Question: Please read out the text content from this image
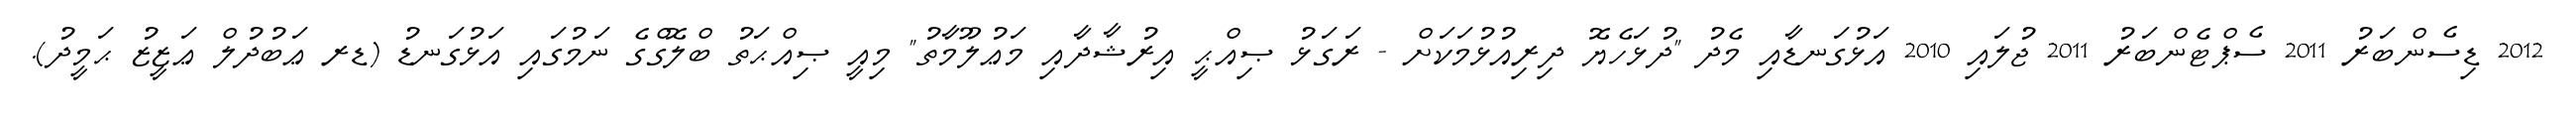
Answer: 2012 ޑިސެންބަރު 2011 ސެޕްޓެންބަރު 2011 ޖުލައި 2010 އަޅުގަނޑާއި މެދު "ދުޅަހެޔޮ ދިރިއުޅުމަކަށް - ރަގަޅު ޞިއްޙީ އިރުޝާދާއި މަޢުލޫމާތު" މިއީ ޞިއްޙަތު ބްލޮގްގެ ނަމުގައި އަޅުގަނޑު (ޑރ ޢަބުދުލް ޢަޒީޒު ޙަމީދު).